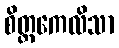
စိတ္တကေလိသာ